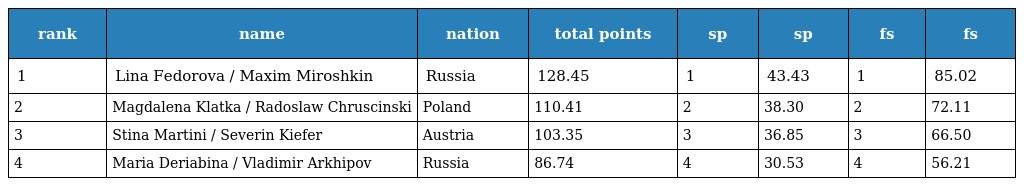
| rank | name | nation | total points | sp | sp | fs | fs |
 | --- | --- | --- | --- | --- | --- | --- | --- |
 | 1 | Lina Fedorova / Maxim Miroshkin | Russia | 128.45 | 1 | 43.43 | 1 | 85.02 |
 | 2 | Magdalena Klatka / Radoslaw Chruscinski | Poland | 110.41 | 2 | 38.30 | 2 | 72.11 |
 | 3 | Stina Martini / Severin Kiefer | Austria | 103.35 | 3 | 36.85 | 3 | 66.50 |
 | 4 | Maria Deriabina / Vladimir Arkhipov | Russia | 86.74 | 4 | 30.53 | 4 | 56.21 |